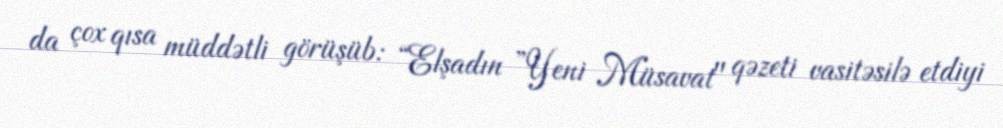
da çox qısa müddətli görüşüb: “Elşadın ”Yeni Müsavat" qəzeti vasitəsilə etdiyi